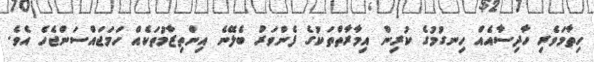
ހިތާމަވެރި ހާދިސާއެއް ހިނގުމުގެ ކުރިން އިމާރާތްތަކުގެ ފެންވަރު ބެލޭނެ އިންތިޒާމުތަކެއް ހަމަޖައްސަންޖެހެ އެވެ.